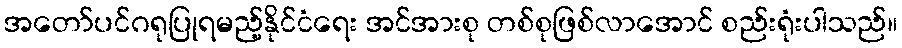
အတော်ပင်ဂရုပြုရမည့်နိုင်ငံရေး အင်အားစု တစ်စုဖြစ်လာအောင် စည်းရုံးပါသည်။